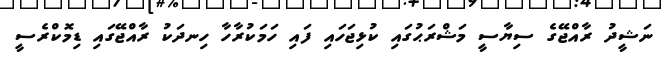
ނަޝީދު ރާއްޖޭގެ ސިޔާސީ މަޝްރަޙުގައި ކުޅިޖަހައި ފައި ހަމަކުރާހާ ހިނދަކު ރާއްޖޭގައި ޑިމޮކްރެސީ